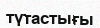
түтастығы